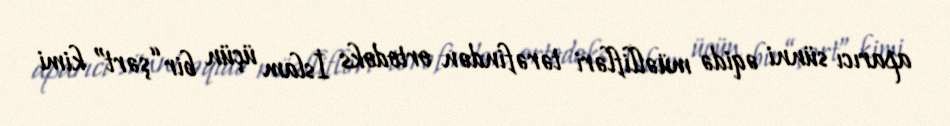
aparıcı sünni əqidə müəllifləri tərəfindən ortodoks İslam üçün bir “şərt” kimi